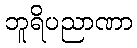
ဘူရိပညာဏာ